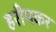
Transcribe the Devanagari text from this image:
हरीमकर